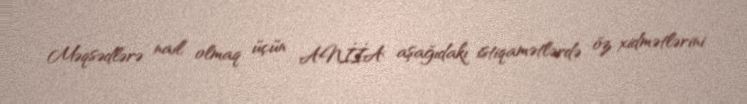
Məqsədlərə nail olmaq üçün ANİİA aşağıdakı istiqamətlərdə öz xidmətlərini